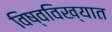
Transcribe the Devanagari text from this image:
विष्वविख्यात